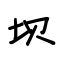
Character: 坝